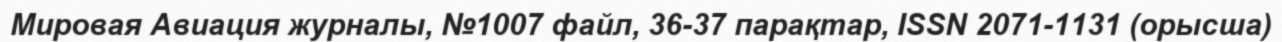
Мировая Авиация журналы, №1007 файл, 36-37 парақтар, ISSN 2071-1131 (орысша)